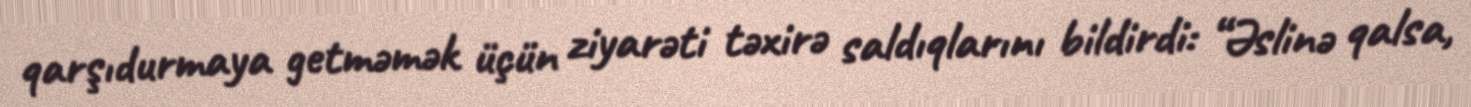
qarşıdurmaya getməmək üçün ziyarəti təxirə saldıqlarını bildirdi: “Əslinə qalsa,